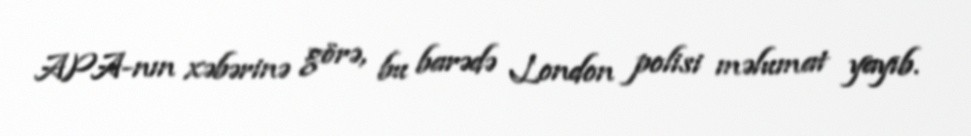
APA-nın xəbərinə görə, bu barədə London polisi məlumat yayıb.